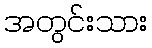
အတွင်းသား